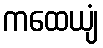
ကထေယျံ